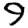
Digit: 9